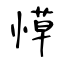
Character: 愺